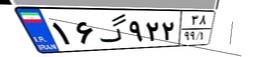
۱۶گ۹۲۲۳۸